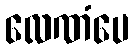
လေဏံပေ